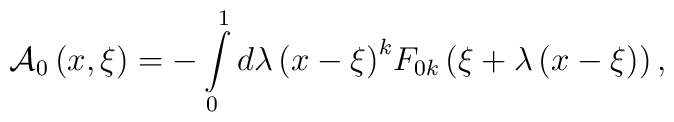
{\cal A}_0 \left( {x,\xi } \right) =  - \int\limits_0^1 {d\lambda\left( {x - \xi } \right)} ^k F_{0k} \left( {\xi  + \lambda\left( {x - \xi } \right)} \right),